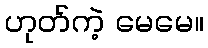
ဟုတ်ကဲ့ မေမေ။